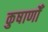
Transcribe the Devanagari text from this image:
कुषाणोँ